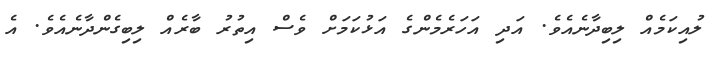
ލުއިކަމެއް ލިބިދާނެއެވެ. އަދި އަހަރެމެންގެ އަޅުކަމަށް ވެސް އިތުރު ބާރެއް ލިބިގެންދާނެއެވެ. އެ